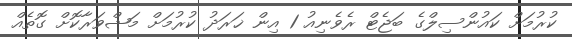
ކުރުމަށް ކައުންސިލްގެ ބަޖެޓް ރެވެނިއު 1 އިން ޚަރަދު ކުރުމަށް މަޝްވަރާކޮށް ގޮތެއް